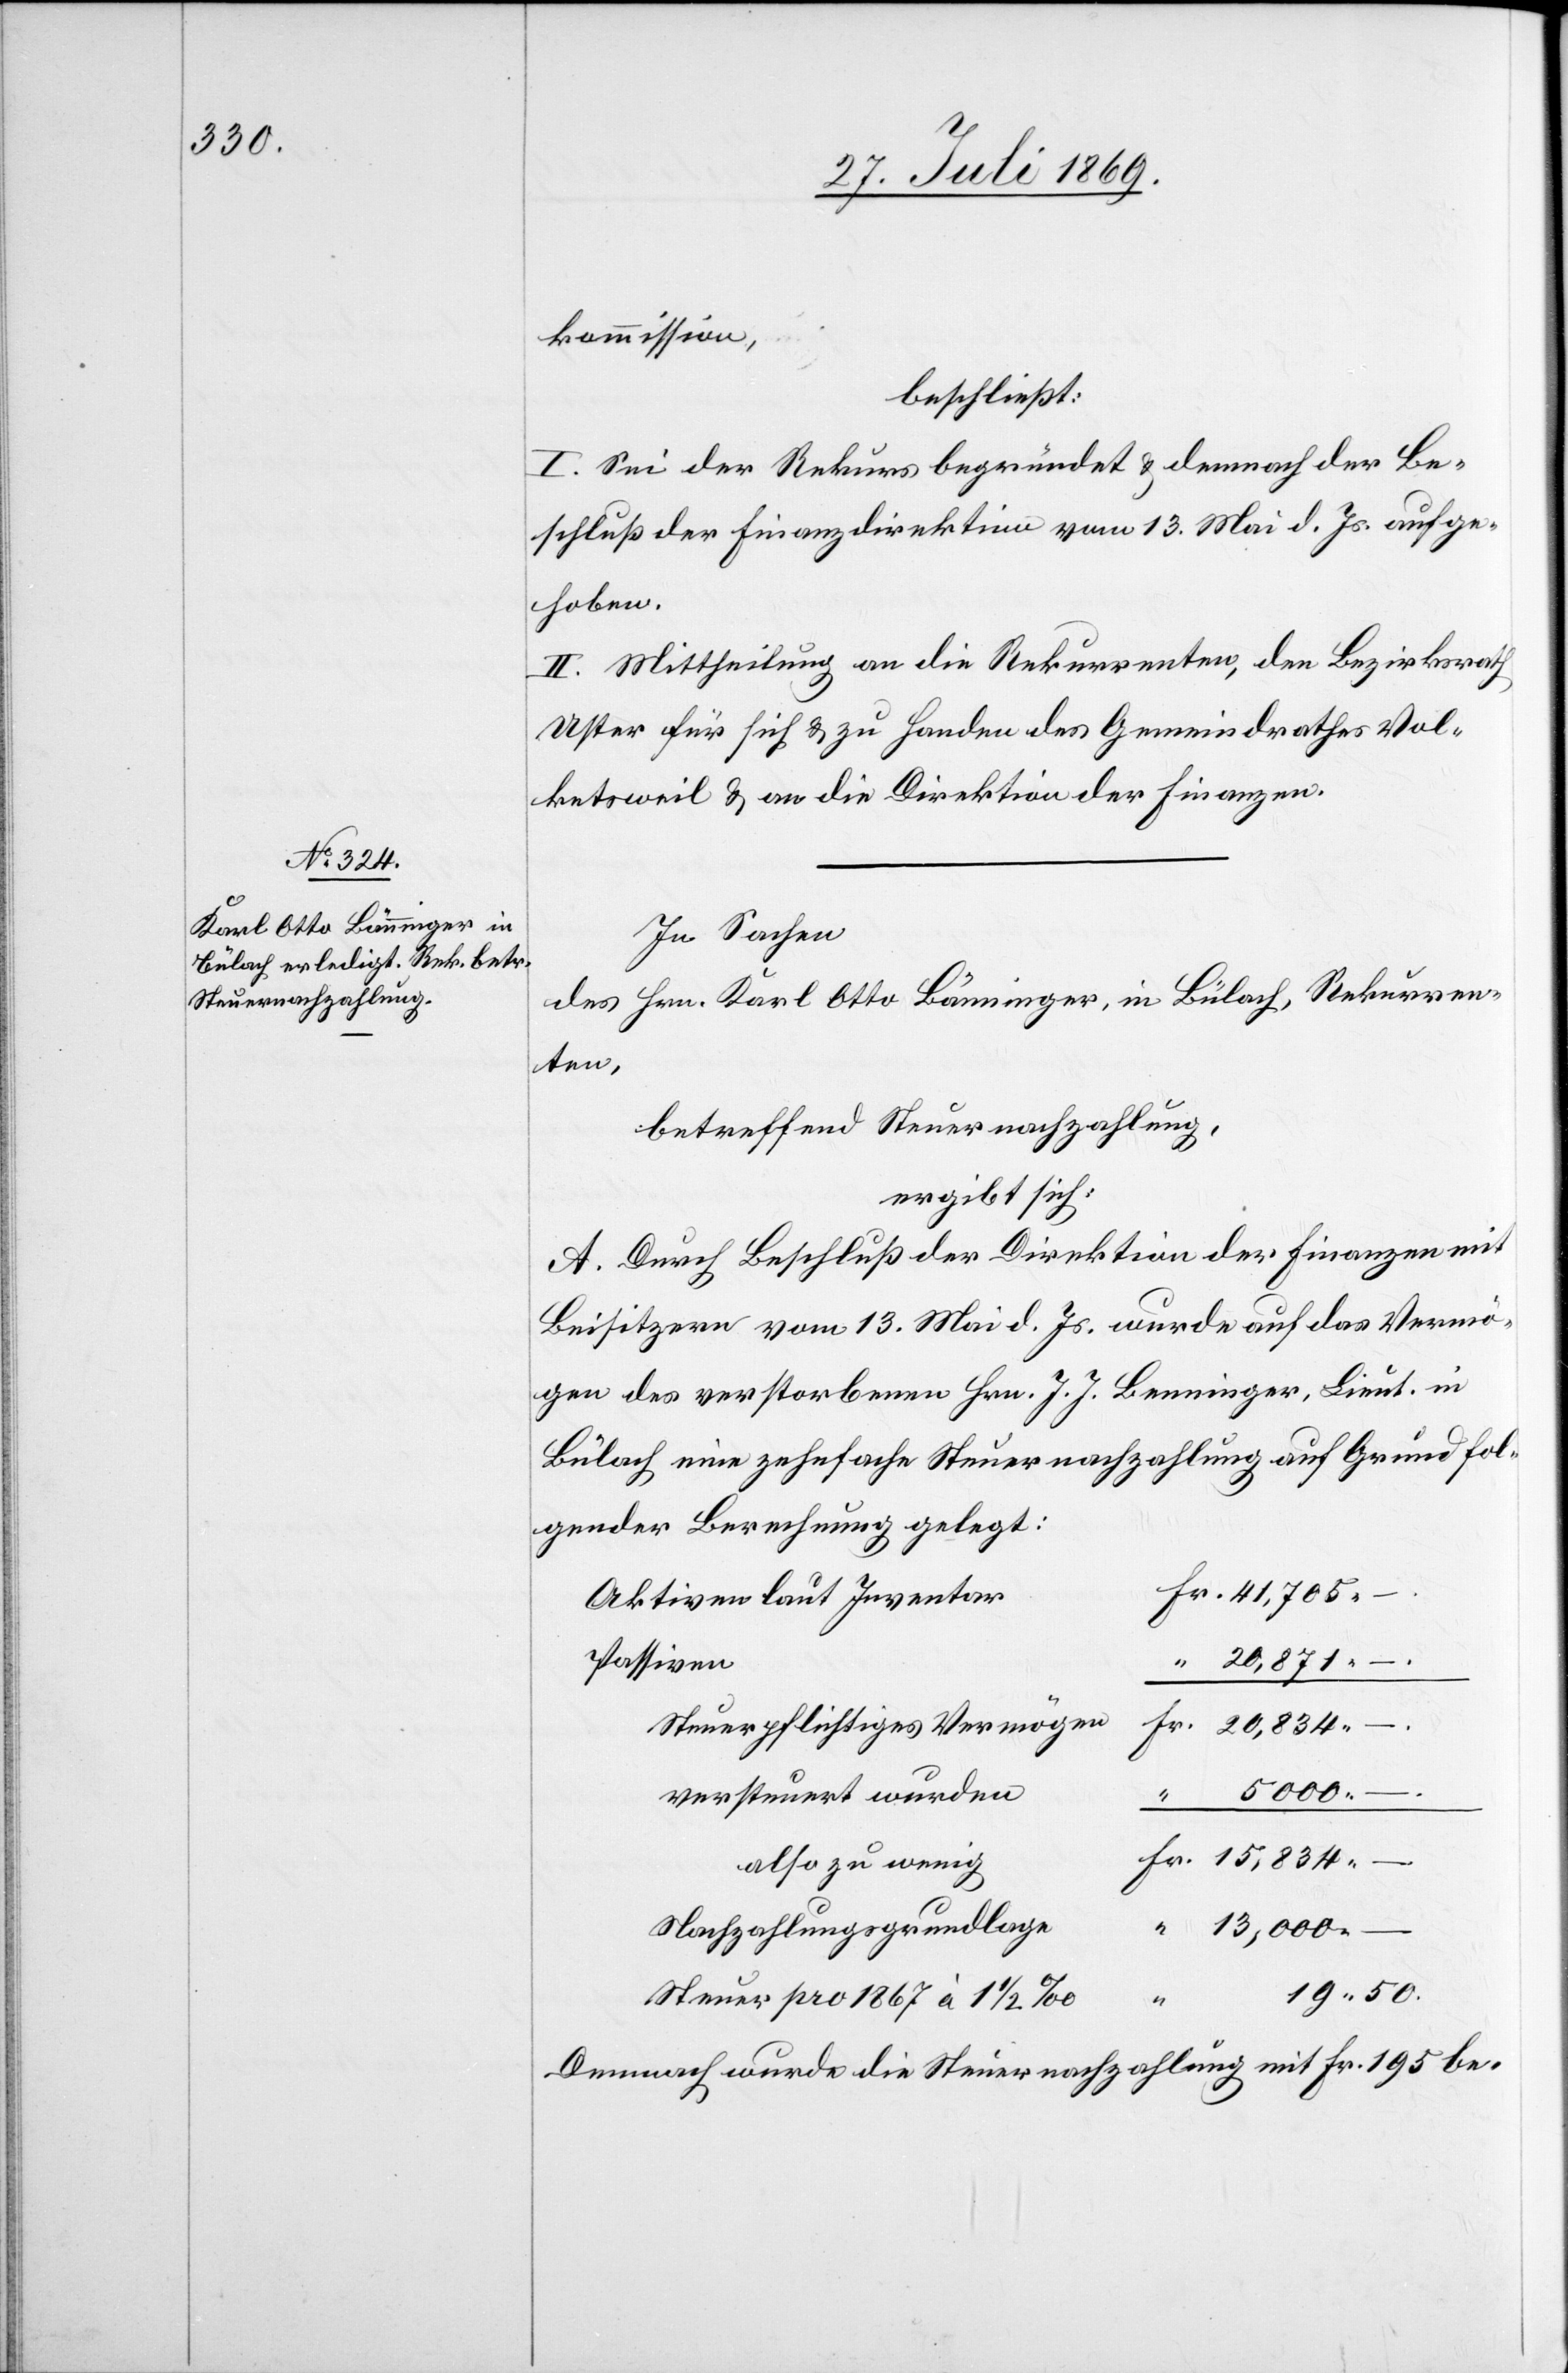
kommission,
beschließt:
I. Sei der Rekurs begründet u. demnach der Be¬
schluß der Finanzdirektion vom 13 Mai d. Js. aufge¬
hoben.
II. Mittheilung an die Rekurrenten, den Bezirksrath
Uster für sich u. zu Handen des Gemeindrathes Vol¬
ketsweil u. an die Direktion der Finanzen.
In Sachen
des Hrn. Karl Otto Bänninger, in Bülach, Rekurren¬
ten,
betreffend Steuernachzahlung,
ergibt sich:
A. Durch Beschluß der Direktion der Finanzen mit
Beisitzern vom 13. Mai d. Js. wurde auf das Vermö¬
gen des verstorbenen Hrn. J. J. Benninger, Lieut. in
Bülach eine zehnfache Steuernachzahlung auf Grund fol¬
gender Berechnung gelegt:
Aktiven laut Inventar
Passiven
20,871
–
Steuerpflichtiges Vermögen
versteuert wurden
“
13,000
–
Fr.
also zu wenig
Nachzahlungsgrundlage
Steuer pro 1867 à 1 1/2‰
Demnach wurde die Steuernachzahlung mit Fr. 195 be-